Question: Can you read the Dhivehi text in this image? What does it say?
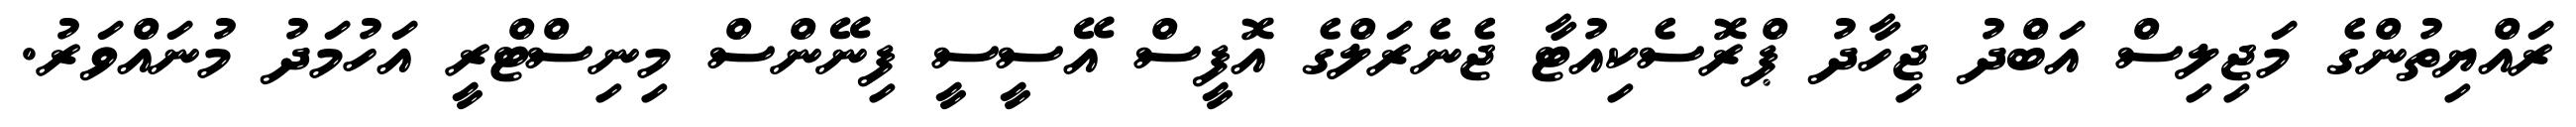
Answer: ރައްޔިތުންގެ މަޖިލިސް އަބްދު ޖިހާދު ޕްރޮސެކިއުޓާ ޖެނެރަލްގެ އޮފީސް އޭސީސީ ފިނޭންސް މިނިސްޓްރީ އަހުމަދު މުނައްވަރު.